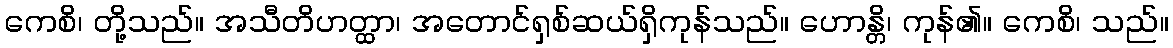
ကေစိ၊ တို့သည်။ အသီတိဟတ္ထာ၊ အတောင်ရှစ်ဆယ်ရှိကုန်သည်။ ဟောန္တိ၊ ကုန်၏။ ကေစိ၊ သည်။